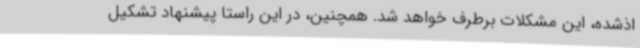
اذشده، این مشکلات برطرف خواهد شد. همچنین، در این راستا پیشنهاد تشکیل